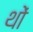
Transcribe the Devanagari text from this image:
थों